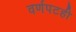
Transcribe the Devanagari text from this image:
वर्णपटही